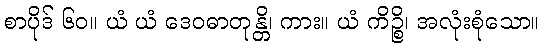
စာပိုဒ် ၆၀။ ယံ ယံ ဒေဝဓာတုန္တိ၊ ကား။ ယံ ကိဉ္စိ၊ အလုံးစုံသော။